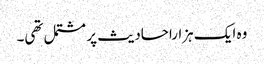
وہ ایک ہزاراحادیث پر مشتمل تھی۔